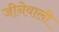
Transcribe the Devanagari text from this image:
जीनेवाली